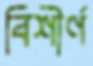
বিশীর্ণ